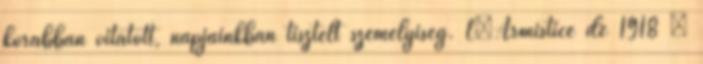
korábban vitatott, napjainkban tisztelt személyiség. L’Armistice de 1918 –